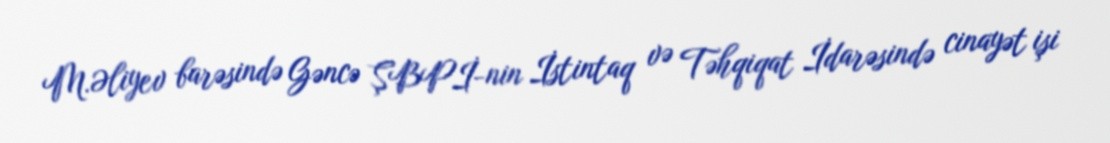
M.Əliyev barəsində Gəncə ŞBPİ-nin İstintaq və Təhqiqat İdarəsində cinayət işi